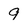
Character: 9